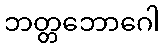
ဘတ္တဘောဂေါ